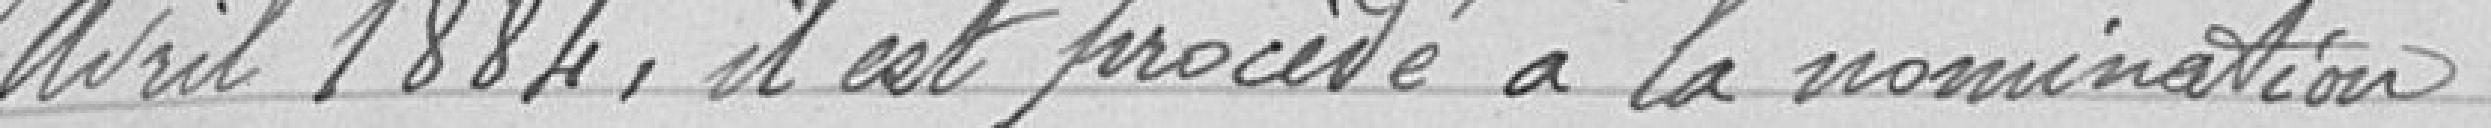
5 Avril 1884, il est procédé à la nomination des